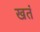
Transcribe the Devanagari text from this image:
खतं